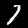
Label: 7